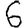
Digit: 6